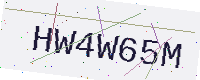
Text: HW4W65M